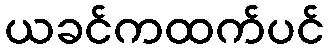
ယခင်ကထက်ပင်